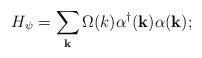
LaTeX: \begin{align*}H_{\psi} = \sum_{\bf k}\Omega(k){\alpha}^{\dagger}({\bf k}){\alpha}({\bf k});\end{align*}